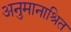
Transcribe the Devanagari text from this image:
अनुमानाश्रित